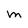
Character: M